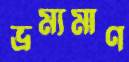
ভ্রম্যমাণ